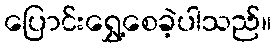
ပြောင်းရွှေ့စေခဲ့ပါသည်။